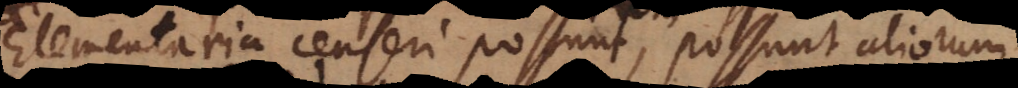
Elementaria censeri possunt, possunt aliorum